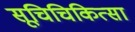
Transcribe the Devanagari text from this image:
सूचिचिकित्सा